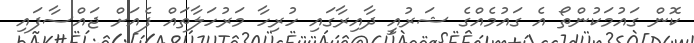
ކޮން ގައުމަކުންތޯ އެ ގައުމެއްގެ ޝަރުއީ ދާއިރާގައި ހުރިހާ މަރުހަލާތައް ފެއަށް ޖައްސާފައި